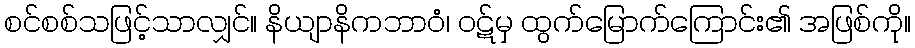
စင်စစ်သဖြင့်သာလျှင်။ နိယျာနိကဘာဝံ၊ ဝဋ်မှ ထွက်မြောက်ကြောင်း၏ အဖြစ်ကို။